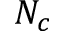
N _ { c }